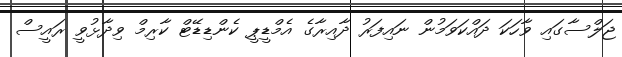
ޖަލްސާގައި ވާހަކަ ދައްކަވަމުން ނައިފަރު ދާއިރާގެ އެމްޑީޕީ ކެންޑިޑޭޓް ކާރިމް ވިދާޅުވީ ރައީސް